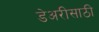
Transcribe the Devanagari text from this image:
डेअरीसाठी